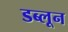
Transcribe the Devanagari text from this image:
डब्लून